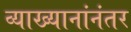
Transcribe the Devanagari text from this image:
व्याख्यानांनंतर